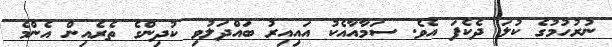
ނުރުހުމުގެ ކުލަ ދެކެފަ އެވެ. ސަމާއާއެކު އައިއިރު ބައްދަލުވި ކުދިންގެ ތެރެއިން އެންމެ